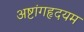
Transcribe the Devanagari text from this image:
अष्टांगहृदयम